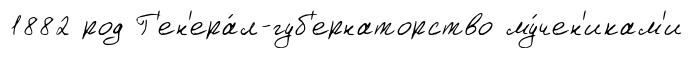
1882 род Г'ен'ера́л-губ'ернаторство му́чен'икам'и